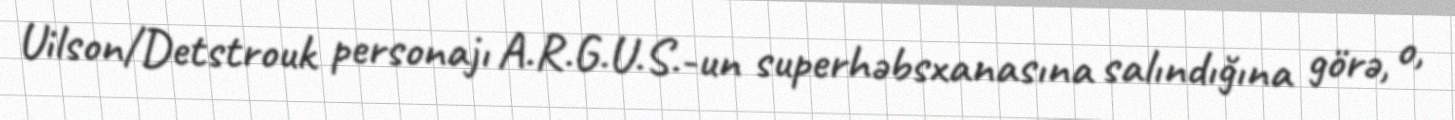
Uilson/Detstrouk personajı A.R.G.U.S.-un superhəbsxanasına salındığına görə, o,